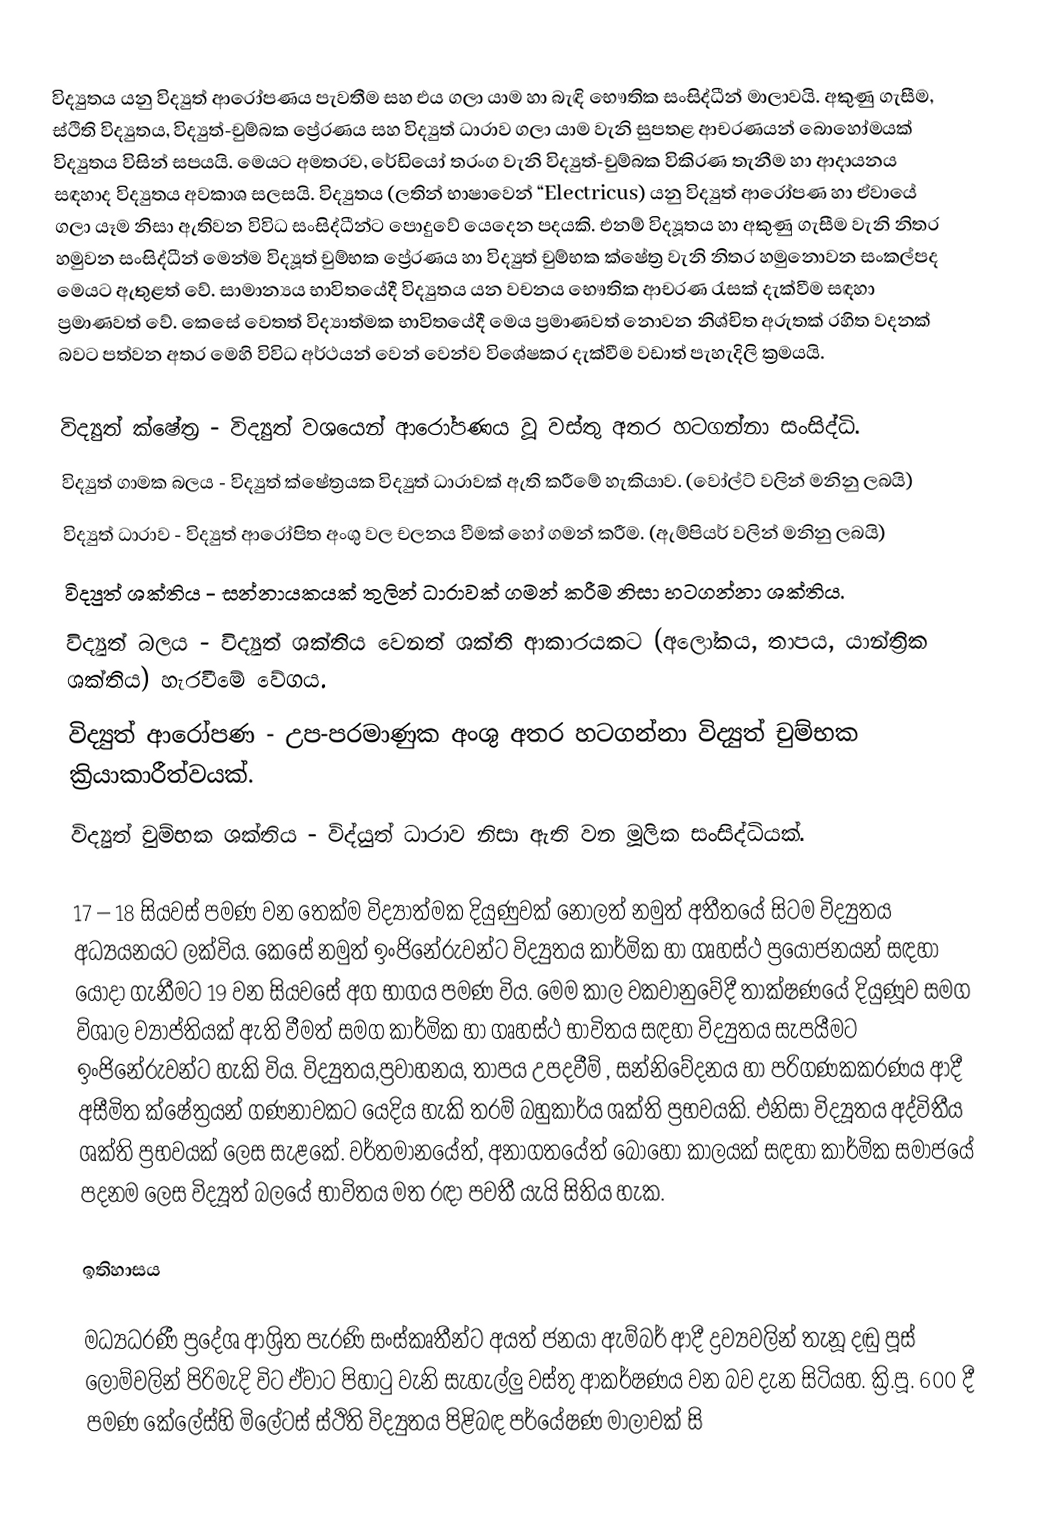
විද්‍යුතය යනු විද්‍යුත් ආරෝපණය පැවතීම සහ එය ගලා යාම හා බැඳි  භෞතික සංසිද්ධීන් මාලාවයි. අකුණු ගැසීම, ස්ථිති විද්‍යුතය, විද්‍යුත්-චුම්බක ප්‍රේරණය සහ විද්‍යුත් ධාරාව ගලා යාම වැනි සුපතළ ආචරණයන් බොහෝමයක් විද්‍යුතය විසින් සපයයි. මෙයට අමතරව,  රේඩියෝ තරංග  වැනි විද්‍යුත්-චුම්බක විකිරණ තැනීම හා ආදායනය සඳහාද විද්‍යුතය අවකාශ සලසයි. විද්‍යුතය (ලතින් භාෂාවෙන් “Electricus) යනු විද්‍යුත් ආරෝපණ හා ඒවායේ ගලා යෑම නිසා ඇතිවන විවිධ සංසිද්ධීන්ට පොදුවේ යෙදෙන පදයකි. එනම් විද්‍යූතය හා අකුණු ගැසීම වැනි නිතර හමුවන සංසිද්ධීන් මෙන්ම විද්‍යූත් චුම්භක ප්‍රේරණය හා විද්‍යුත් චුම්භක ක්ෂේත්‍ර වැනි නිතර හමුනොවන සංකල්පද මෙයට ඇතුළත් වේ. සාමාන්‍යය භාවිතයේදී විද්‍යුතය යන වචනය භෞතික ආචරණ රැසක් දැක්වීම සඳහා ප්‍රමාණවත් වේ. කෙසේ වෙතත් විද්‍යාත්මක භාවිතයේදී මෙය ප්‍රමාණවත් නොවන නිශ්චිත අරුතක් රහිත වදනක් බවට පත්වන අතර මෙහි විවිධ අර්ථයන් වෙන් වෙන්ව වි‍‍ශේෂකර දැක්වීම වඩ‍ාත් පැහැදිලි ක්‍රමයයි.

 විද්‍යුත් ක්ෂේත්‍ර - විද්‍යුත් වශයෙන් ආරෝපණය වූ වස්තු අතර හටගන්නා සංසිද්ධි.
 විද්‍යුත් ගාමක බලය - විද්‍යුත් ක්ෂේත්‍රයක විද්‍යුත් ධාරාවක් ඇති කරීමේ හැකියාව. (වෝල්ට් වලින් මනිනු ලබයි)
 විද්‍යුත් ධාරාව - විද්‍යුත් ආරෝපිත අංශු වල චලනය වීමක් හෝ ගමන් කරීම. (ඇම්පියර් වලින් මනිනු ලබයි)
 විද්‍යුත් ශක්තිය - සන්නායකයක් තුලින් ධාරාවක් ගමන් කරීම නිසා හටගන්නා ශක්තිය.
 විද්‍යුත් බලය - විද්‍යුත් ශක්තිය වෙනත් ශක්ති ආකාරයකට (අලෝකය, තාපය, යාන්ත්‍රික ශක්තිය) හැරවීමේ වේගය.
 විද්‍යුත් ආරෝපණ - උප-පරමාණුක අංශු අතර හටගන්නා විද්‍යුත් චුම්භක ක්‍රියාකාරීත්වයක්.
 විද්‍යුත් චුම්භක ශක්තිය - විද්යුත් ධාරාව නිසා ඇති වන මූලික සංසිද්ධියක්.

17 – 18 සියවස් පමණ වන තෙක්ම  විද්‍යාත්මක දියුණුවක් නොලත් නමුත් අතීතයේ සිටම විද්‍යුතය අධ්‍යයනයට ලක්විය. කෙසේ නමුත් ඉංජිනේරුවන්ට විද්‍යුතය කාර්මික හා ගෘහස්ථ ප්‍රයෝජනයන් සඳහා යොදා ගැනීමට 19 වන සියවසේ අග භාගය පමණ විය. මෙම කාල වකවානුවේදී තාක්ෂණයේ දියුණූව සමග විශාල ව්‍යාප්තියක් ඇති වීමත් සමග කාර්මික හා ගෘහස්ථ භාවිතය සඳහා විද්‍යුතය සැපයීමට ඉංජිනේරුවන්ට හැකි විය. විද්‍යුතය,ප්‍රවාහනය, තාපය උපදවීම් , සන්නිවේදනය හා පරිගණකකරණය ආදී අසීමිත ක්ෂේත්‍රයන් ගණනාවකට  යෙදිය හැකි තරම් බහුකාර්ය ශක්ති ප්‍රභවයකි‍. එනිසා විද්‍යූතය අද්විතීය ශක්ති ප්‍රභවයක් ලෙස සැළකේ. වර්තමානයේත්, අනාගතයේත් බොහෝ කාලයක් සඳහා කාර්මික සමාජයේ පදනම ලෙස විද්‍යූත් බලයේ භාවිතය මත රඳා පවතී යැයි සිතිය හැක.

ඉතිහාසය

මධ්‍යධරණී ප්‍රදේශ ආශ්‍රිත පැරණි සංස්කෘතීන්ට අයත් ජනයා ඇම්බර් ආදී ද්‍රව්‍යවලින් තැනූ දඬු පූස් ලොම්වලින් පිරිමැදි විට ඒවාට පිහාටු වැනි සැහැල්ලු වස්තු ආකර්ෂණය වන බව දැන සිටියහ. ක්‍රි.පූ. 600 දී පමණ කේලේස්හි මිලේටස් ස්ථිති විද්‍යුතය පිළිබඳ පර්යේෂණ මාලාවක් සි